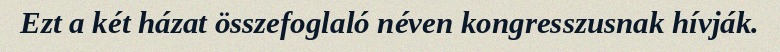
Ezt a két házat összefoglaló néven kongresszusnak hívják.